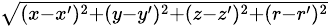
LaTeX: \scriptstyle{\sqrt{(x-x^{\prime})^{2}+(y-y^{\prime})^{2}+(z-z^{\prime})^{2}+(r-r^{\prime})^{2}}}